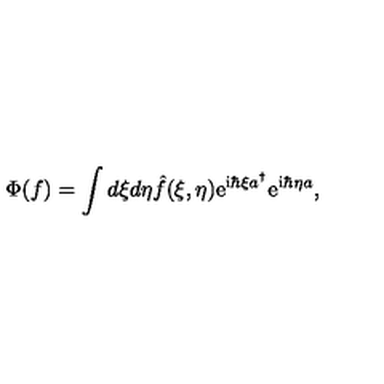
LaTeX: \Phi ( f ) = \int d \xi d \eta \hat { f } ( \xi , \eta ) \mathrm { e } ^ { \mathrm { i } \hbar \xi a ^ { \dagger } } \mathrm { e } ^ { \mathrm { i } \hbar \eta a } ,